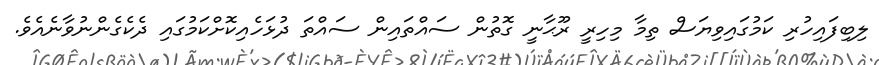
ލިބިފައިހުރި ކަމުގައިވިޔަސް ތިމާ މިހިރީ ރޫޙާނީ ގޮތުން ސައްތައިން ސައްތަ ދުޅަހެއިކޮށްކަމުގައި ދެކެގެންނުވާނެއެވެ.